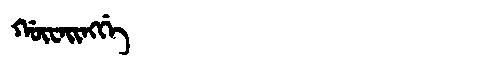
Manchu: ᡤᡡᠸᠠᡳᠩᡤᡝ
Romanization: GŪWAINGGE